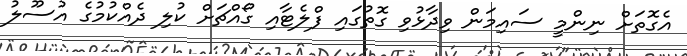
އެގޮތަށް ނިންމީ ސައިމަން ވިދާޅުވި ގޮތުގައި ފްލެޓާއި ގޯއްޗަށް ކުލި ދެއްކުމުގެ އުސޫލު